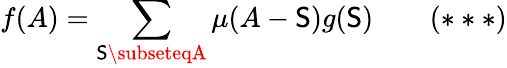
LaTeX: f(A)=\sum_{\mathsf{S}\subseteqA}\mu(A-\mathsf{S})g(\mathsf{S})\qquad(***)